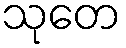
သုတေ